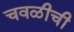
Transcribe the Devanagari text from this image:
चवळीची